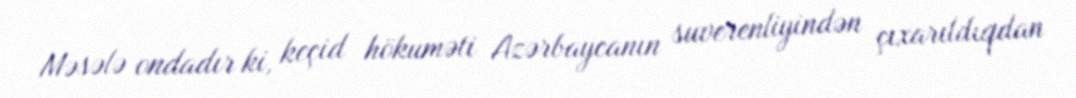
Məsələ ondadır ki, keçid hökuməti Azərbaycanın suverenliyindən çıxarıldıqdan